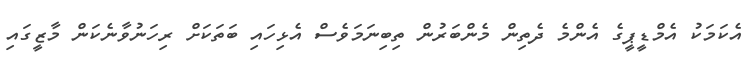
އެކަމަކު އެމްޑީޕީގެ އެންމެ ދެތިން މެންބަރުން ތިބިނަމަވެސް އެޅިހައި ބަތަކަށް ރިހަނުވާނެކަން މާޒީގައި